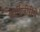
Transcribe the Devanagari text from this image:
कोशिंबीरीचे